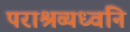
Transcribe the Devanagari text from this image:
पराश्रव्यध्वनि